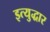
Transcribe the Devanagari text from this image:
इत्युद्धार